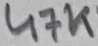
Text: 47K